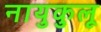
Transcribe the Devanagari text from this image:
नायुकुलू